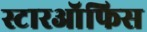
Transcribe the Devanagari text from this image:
स्टारऑफिस